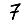
Digit: 7